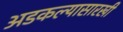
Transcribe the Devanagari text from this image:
अडकल्यासारखी